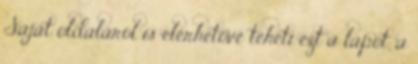
Saját oldaláról is elérhetővé teheti ezt a lapot, a